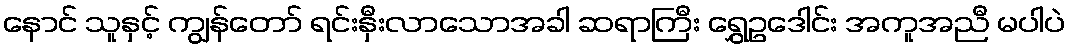
နောင် သူနှင့် ကျွန်တော် ရင်းနှီးလာသောအခါ ဆရာကြီး ရွှေဥဒေါင်း အကူအညီ မပါပဲ